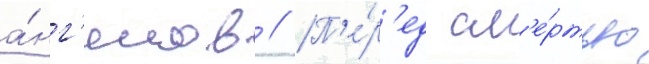
а́нг'елов // П'е́р'ед см'е́ртью